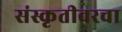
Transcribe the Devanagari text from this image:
संस्कृतीवरचा